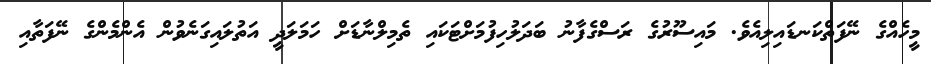
މީހެއްގެ ނޭފަތްކަނޑައިލިއެވެ. މައިސޫރުގެ ރަސްގެފާނު ބަދަލުހިފުމަށްޓަކައި ތެމިލްނާޑަށް ހަމަލަދީ އަތުލައިގަނެވުން އެންމެންގެ ނޭފަތާއި